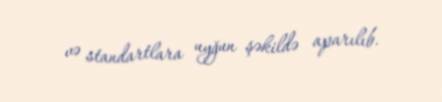
və standartlara uyğun şəkildə aparılıb.